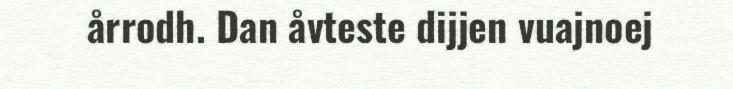
årrodh. Dan åvteste dijjen vuajnoej